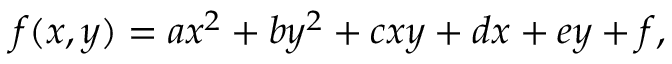
f ( x , y ) = a x ^ { 2 } + b y ^ { 2 } + c x y + d x + e y + f , \,